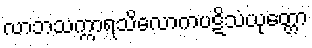
လာဘသက္ကာရသိလောကပဋိသံယုတ္တော